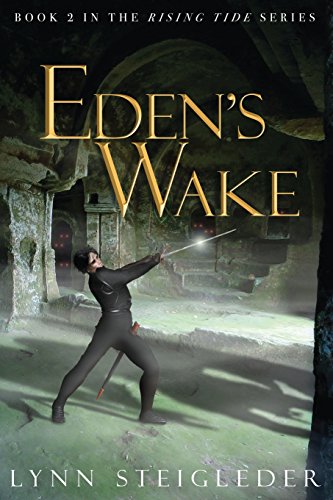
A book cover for Eden's Wake; Lynn Steigleder; Romance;